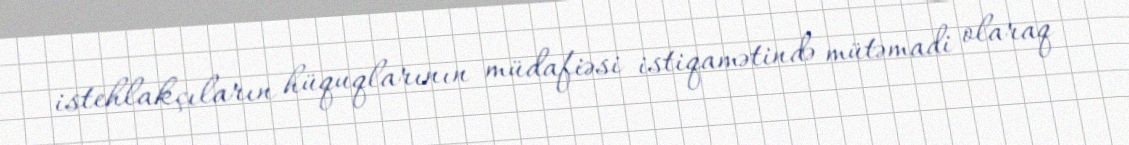
istehlakçıların hüquqlarının müdafiəsi istiqamətində mütəmadi olaraq